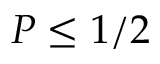
P \le 1 / 2